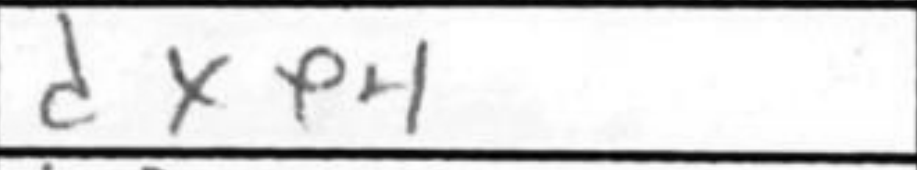
Transcription: dxe4